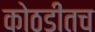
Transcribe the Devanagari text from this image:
कोठडीतच